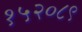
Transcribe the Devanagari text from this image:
१५२०८९